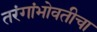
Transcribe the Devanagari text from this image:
तरंगांभोवतीचा